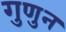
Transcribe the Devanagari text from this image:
गुणुन